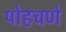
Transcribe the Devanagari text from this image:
पोहचणे